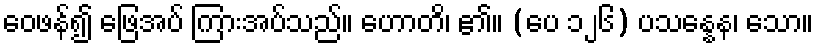
ဝေဖန်၍ ဖြေအပ် ကြားအပ်သည်။ ဟောတိ၊ ၏။ (ပေ ၁၂၆) ပသန္နေန၊ သော။